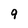
Character: 9